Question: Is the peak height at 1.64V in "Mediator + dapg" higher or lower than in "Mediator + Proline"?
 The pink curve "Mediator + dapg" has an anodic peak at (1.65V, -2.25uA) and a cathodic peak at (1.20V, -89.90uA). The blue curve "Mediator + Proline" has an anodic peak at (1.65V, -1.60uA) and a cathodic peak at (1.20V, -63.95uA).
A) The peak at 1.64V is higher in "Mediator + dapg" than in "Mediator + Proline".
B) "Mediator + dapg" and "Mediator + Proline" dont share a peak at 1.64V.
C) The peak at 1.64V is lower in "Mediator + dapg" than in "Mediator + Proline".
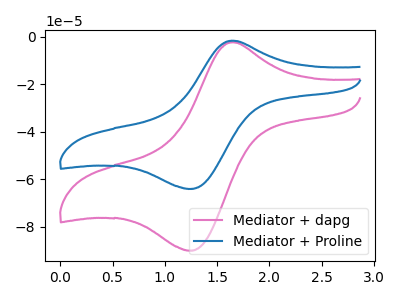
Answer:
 <answer>C) The peak at 1.64V is lower in "Mediator + dapg" than in "Mediator + Proline".</answer>
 <eval>C</eval>